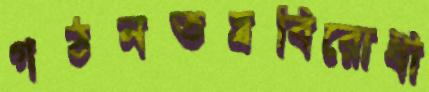
গঠনতন্ত্রবিরোধী